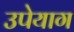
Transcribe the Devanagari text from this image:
उपेयाग